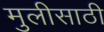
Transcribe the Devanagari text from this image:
मुलीसाठी